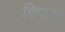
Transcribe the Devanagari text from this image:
बिपाश